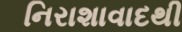
નિરાશાવાદથી